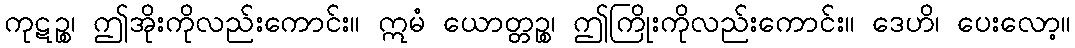
ကုဋဉ္စ၊ ဤအိုးကိုလည်းကောင်း။ ဣမံ ယောတ္တဉ္စ၊ ဤကြိုးကိုလည်းကောင်း။ ဒေဟိ၊ ပေးလော့။